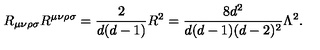
R _ { \mu \nu \rho \sigma } R ^ { \mu \nu \rho \sigma } = \frac { 2 } { d ( d - 1 ) } R ^ { 2 } = \frac { 8 d ^ { 2 } } { d ( d - 1 ) ( d - 2 ) ^ { 2 } } \Lambda ^ { 2 } .